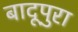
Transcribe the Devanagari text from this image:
बादूपुरा